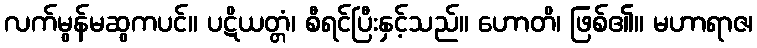
လက်မွန်မဆွကပင်။ ပဋိယတ္တံ၊ စီရင်ပြီးနှင့်သည်။ ဟောတိ၊ ဖြစ်၏။ မဟာရာဇ၊